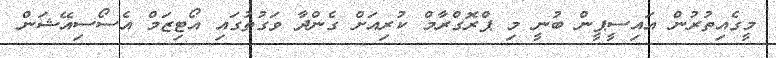
މީގެއިތުރުން އައިސީޕީން ބުނީ މި ޕްރޮގްރާމް ކުރިއަށް ގެންދާ ވަގުތުގައި އޯޓިޒަމް އެސޯސިއޭޝަން